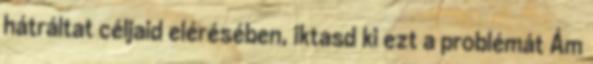
hátráltat céljaid elérésében, iktasd ki ezt a problémát Ám